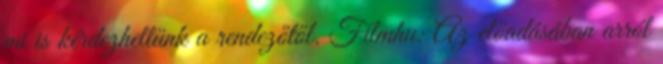
mi is kérdezhettünk a rendezőtől. Filmhu: Az előadásában arról